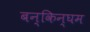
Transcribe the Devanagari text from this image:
बन्किन्घम